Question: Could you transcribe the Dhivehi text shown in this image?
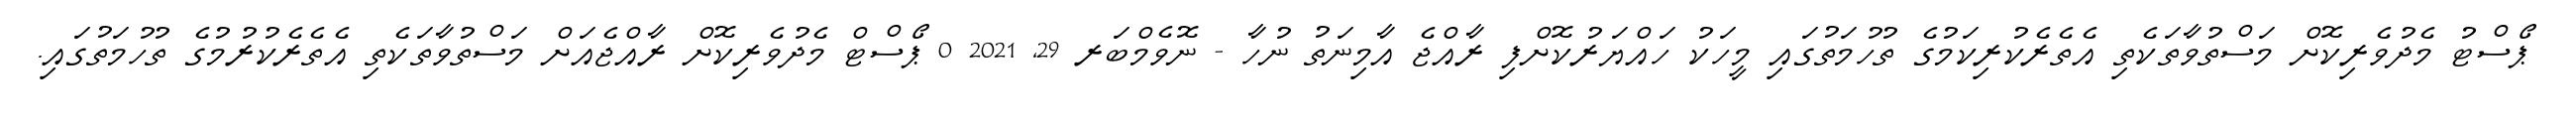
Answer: ޕޯސްޓު މެދުވެރިކޮށް މަސްތުވާތަކެތި އެތެރެކުރިކަމުގެ ތުހުމަތުގައި މީހަކު ހައްޔަރުކޮށްފި ރާއްޖެ އާމިނަތު ނުހާ - ނޮވެމްބަރ 29, 2021 0 ޕޯސްޓް މެދުވެރިކޮށް ރާއްޖެއަށް މަސްތުވާތަކެތި އެތެރެކުރުމުގެ ތުހުމަތުގައި.